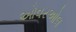
ઓવરઓલ